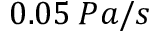
0 . 0 5 \: P a / s